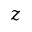
z